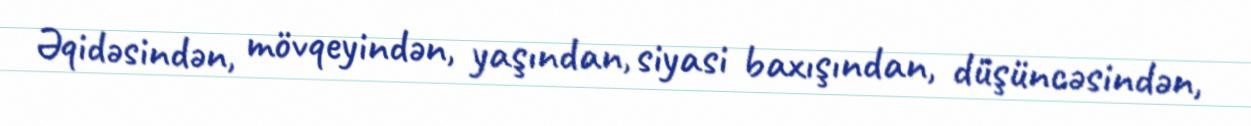
Əqidəsindən, mövqeyindən, yaşından, siyasi baxışından, düşüncəsindən,